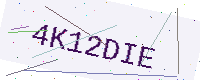
Text: 4K12DIE